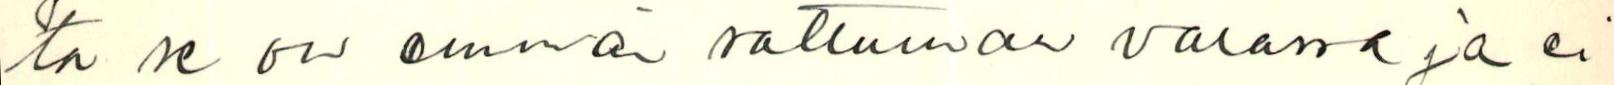
ta se on enemän sattuman varassa ja ei